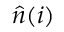
\hat { n } ( i )